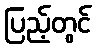
ပြည့်တွင်